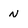
Character: n